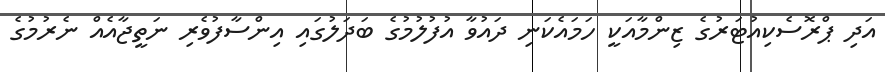
އަދި ޕްރޮސެކިއުޓަރުގެ ޒިންމާއަކީ ހަމައެކަނި ދައުވާ އުފުލުމުގެ ބަދަލުގައި އިންސާފުވެރި ނަތީޖާއެއް ނެރުމުގެ